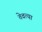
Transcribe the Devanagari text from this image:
तेवत्या